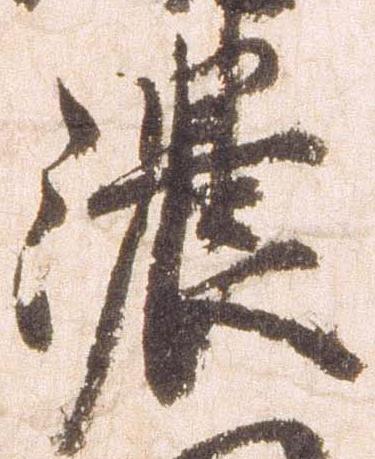
濃